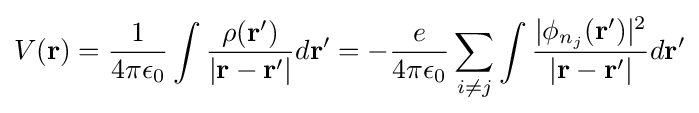
V(\mathbf {r} )={\frac {1}{4\pi \epsilon _{0}}}\int {\frac {\rho (\mathbf {r'} )}{|\mathbf {r} -\mathbf {r'} |}}d\mathbf {r'} =-{\frac {e}{4\pi \epsilon _{0}}}\sum _{i\neq j}\int {\frac {|\phi _{n_{j}}(\mathbf {r'} )|^{2}}{|\mathbf {r} -\mathbf {r'} |}}d\mathbf {r'}